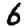
Digit: 6